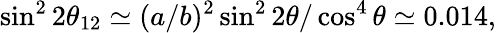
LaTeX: \sin^{2}2\theta_{12}\simeq(a/b)^{2}\sin^{2}2\theta/\cos^{4}\theta\simeq 0.014,